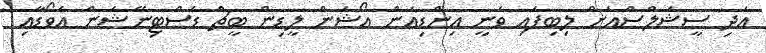
އަދި ސީޝެލްސްއަށް ލިބިފައި ވަނީ އިންޑިއަން އޯޝަން ލީޑިން ބީޗް ޑެސްޓިނޭޝަން އެވޯޑާއި